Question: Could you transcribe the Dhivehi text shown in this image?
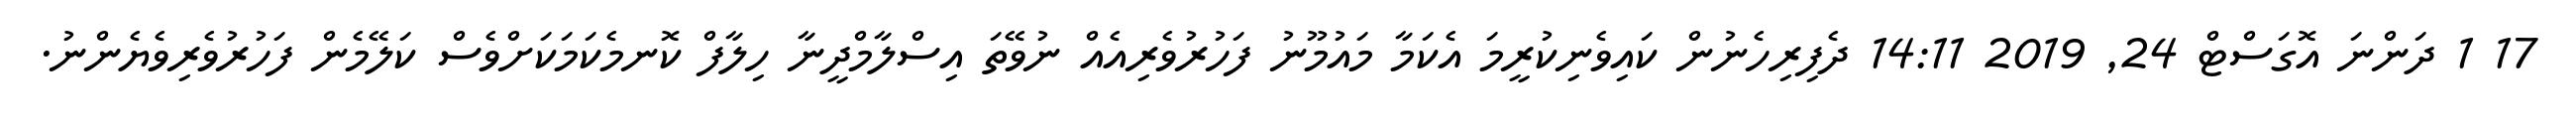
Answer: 17 1 ދަންނަ އޮގަސްޓް 24, 2019 14:11 ދެފިރިހެނުން ކައިވެނިކުރީމަ އެކަމާ މައުމޫނު ފަހުރުވެރިއެއް ނުވޭތަ އިސްލާމްދީނާ ހިލާފް ކޮނމެކަމަކަށްވެސް ކަލޭމެން ފަހުރުވެރިވެޔެންނު.